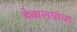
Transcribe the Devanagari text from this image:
देवालयांचा